Janeda_(Ambla)_vallavalitsus, lk 5
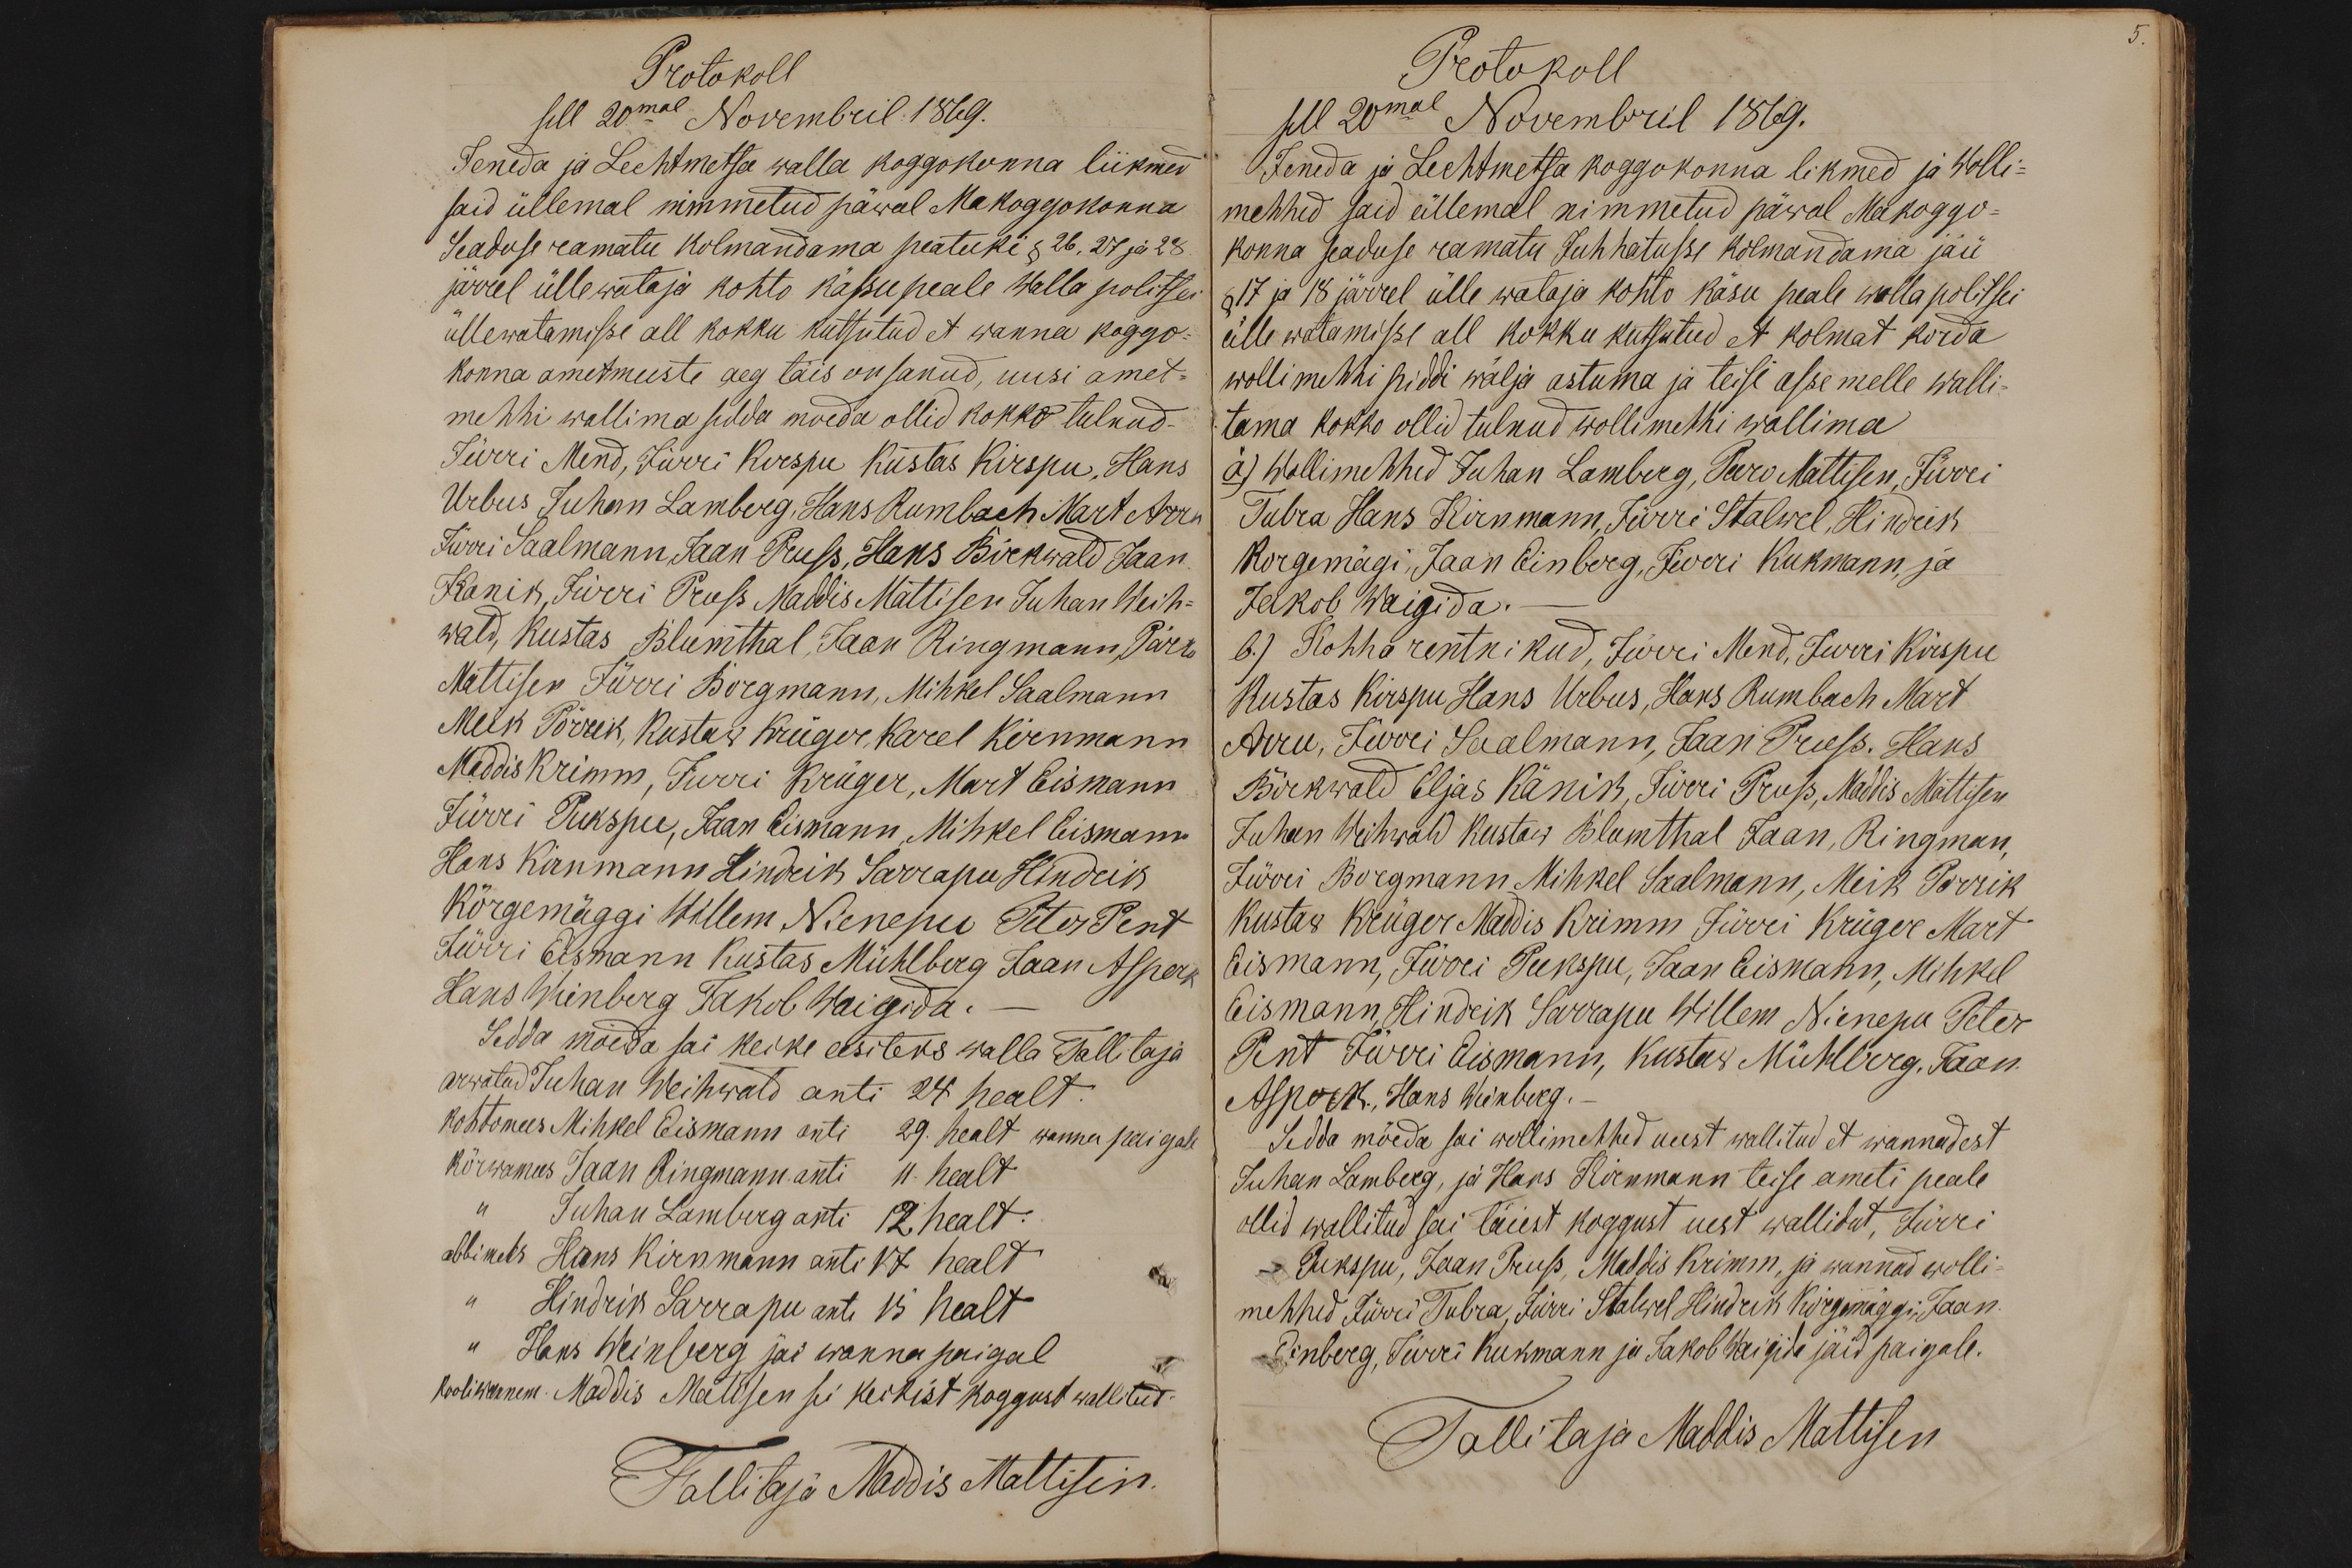
Protokoll
sell 20mal Novembril 1869.
Jeneda ja Lechtmetsa walla koggokonna liikmed
said üllemal nimmetud päwal Makoggokonna
Seaduse ramatu kolmandama peatuki § 26, 27 ja 28
järrel üllewataja kohto kässu peale walla politsei
üllewatamisse all kokku kutsutud et wanna koggo-
konna ametmeeste aeg täis on sanud, uusi amet-
mehhi wallima sedda moeda ollid kokko tulnud -
Jürri Mend, Jürri Kirspu Kustas Kirspu, Hans
Urbus Juhan Lamberg, Hans Rumbach Mart Arro
Jürri Saalmann, Jaan Pruss, Hans Birkwald Jaan
Kanik, Jürri Pross Maddis Mattisen Juhan Weih-
wald, Kustas Blumthal, Jaan Ringmann, Pärro
Mattisen Jürri Borgmann, Mihkel Saalmann
Mick Põrrek, Kustas Krüger, Karel Kirnmann
Maddis Krimm, Jürri Krüger, Mart Eismann
Jürri Pukspu, Jaan Eismann, Mihkel Eismann
Hans Kirnmann Hindrik Sarrapu Hindrik
Kõrgemäggi Willem Nienepu Peter Pent
Jürri Eismann Kustas Mühlberg Jaan Asperk
Hans Wienberg Jakob Waigida. -
Sedda möeda sai keike eesiteks walla Tallitaja
arwatud Juhan Weihwald anti 24 healt.
kohtomees Mihkel Eismann anti 29. healt wanna paigale
kõrwamees Jaan Ringmann anti 11 healt
Juhan Lamberg anti 12 healt.
abbimees Hans Kirnmann anti 17 healt
Hindrik Sarrapu anti 15 healt
"Hans Weinberg jäi wanna paigal
kooliwanem. Maddis Matisen sei keikist koggust wallitud
Tallitaja Maddis Mattisen.

Protokoll
sell 20mal Novembril 1869.
Jeneda ja Lechtmetsa koggokonna likmed ja Wolli-
mehhed said üllemal nimmetud päwal Makoggo-
konna seaduse ramatu Juhhatusse kolmandama jäü
§ 17 ja 18 järrel ülle wataja kohto käsu peale walla politsei
ülle watamisse all kokku kutsutud et kolmat korda
wollimehhi piddi wälja astuma ja teisi asse melle walli-
tama kokko ollid tulnud wollimehhi wallima
a.) Wollimehhed Juhan Lamberg, Päro Mattisen, Jürri
Tubra Hans Kirnmann, Jürri Stalwel, Hindrik
Korgemägi, Jaan Einberg, Jürri Kukmann, ja
Jakob Waigida.
b.) Kohha rentnikud, Jürri Mend, Jürri Kirspu
Kustas Kirspu Hans Urbus, Hans Rumbach Mart
Arru, Jürri Saalmann, Jaan Pruss, Hans
Birkwald Eljas Känik, Jürri Pruss, Maddis Mattisen
Juhan Weihwald Kustaw Blomthal Jaan, Ringman,
Jürri Borgmann Mihkel Saalmann, Mick Porrik
Kustas Krüger Maddis Krimm Jürri Krüger Mart
Eismann, Jürri Pukspu, Jaan Eismann, Mihkel
Eismann, Hindrik Sarrapu Willem Nienepu Peter
Pent Jürri Eismann, Kustas Mühlberg, Jaan
Asperk, Hans Weinberg.
Sedda möeda sai wollimehhed uuest wallitud et wannadest
Juhan Lamberg, ja Hans Kirnmann teise ameti peale
ollid wallitud sai täiest koggust uest wallidut, Jürri
Pukspu, Jaan Pruss, Maddis Krimm, ja wannad wolli-
mehhed Jürri Tubra, Jürri Stalwel Hindrik Kõrgemäggi, Jaan
Einberg, Jürri Kukmann ja Jakob Waigida jäid paigale.
Tallitaja Maddis Mattisen